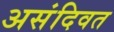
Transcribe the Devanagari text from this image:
असंदिवत